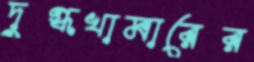
দুগ্ধখামারের